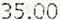
35.00